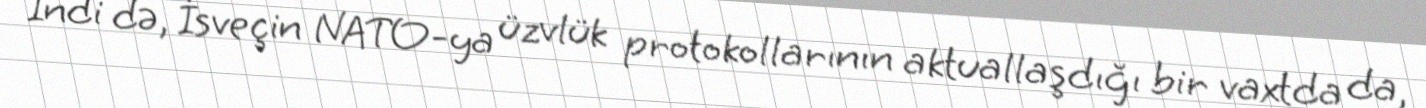
İndi də, İsveçin NATO-ya üzvlük protokollarının aktuallaşdığı bir vaxtda da,